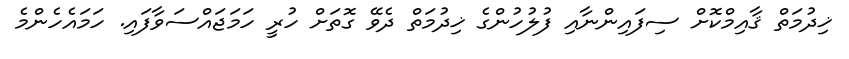
ޚިދުމަތް ޤާއިމްކޮށް ސިފައިންނާއި ފުލުހުންގެ ޚިދުމަތް ދެވޭ ގޮތަށް ހުރީ ހަމަޖައްސަވާފައި. ހަމައެހެންމެ